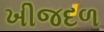
ખીજદળ